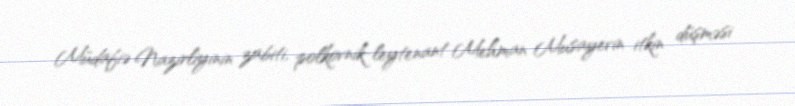
Müdafiə Nazirliyinin zabiti, polkovnik-leytenant Mehman Musayevin itkin düşməsi